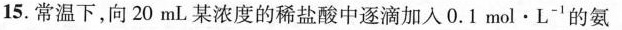
15.常温下，向20mL某浓度的稀盐酸中逐滴加入0.1mol\cdot L^{-1}的氨